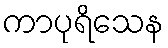
ကာပုရိသေန